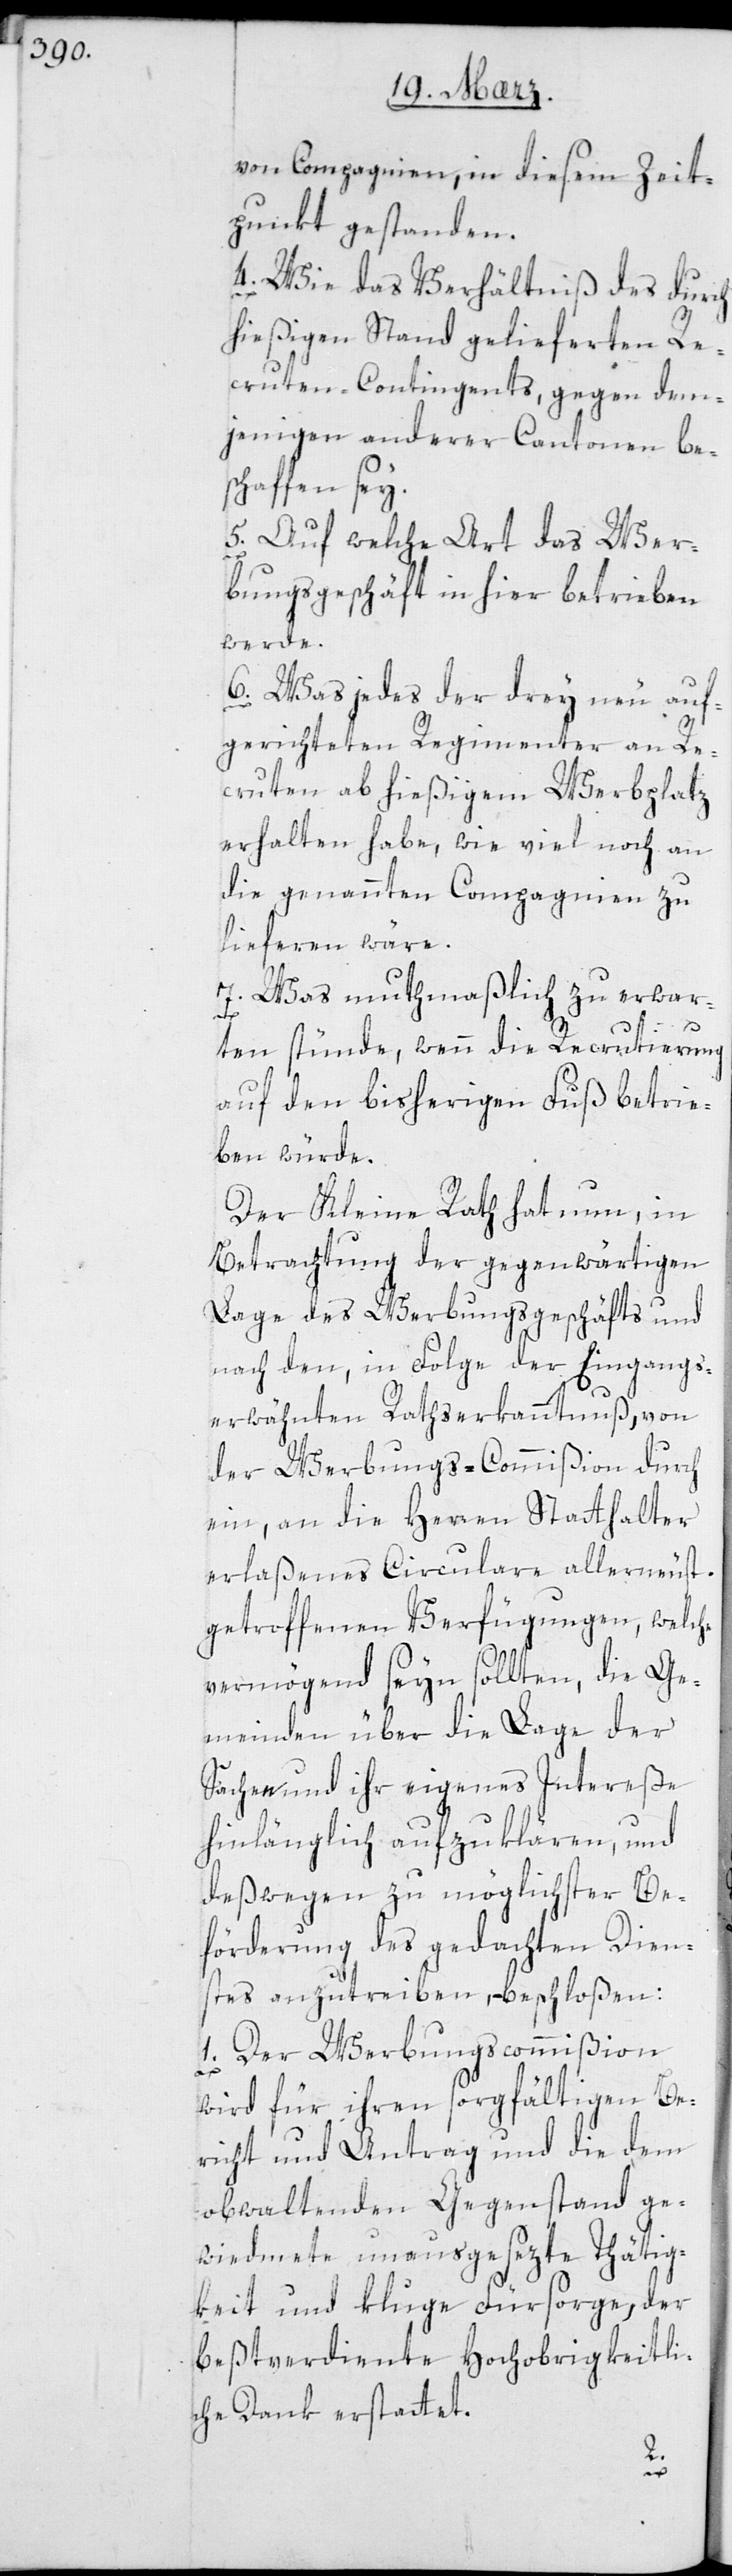
von Compagnien in diesem Zeit¬
punkt gestanden.
4. Wie das Verhältniß des durch
hießigen Stand gelieferten Re¬
cruten-Contingents, gegen dem¬
jenigen anderer Cantonen be¬
schaffen sey.
5. Auf welche Art das Wer¬
bungsgeschäft in hier betrieben
werde.
6. Was jedes der drey neu auf¬
gerichteten Regimenter an Re¬
cruten ab hießigem Werbplatz
erhalten habe, wie viel noch an
die genannten Compagnien zu
lieferen wäre.
7. Was muthmaßlich zu erwar¬
ten stünde, wenn die Recrutierung
auf den bisherigen Fuß betrie¬
ben würde.
Der Kleine Rath hat nun, in
Betrachtung der gegenwärtigen
Lage des Werbungsgeschäfts und
nach den, in Folge der eingangs
erwähnten Rathserkanntnuß, von
der Werbungs-Commißion durch
ein, an die Herren Statthalter
erlaßenes Circulare allerneust
getroffenen Verfügungen, welche
vermögend seyn sollten, die Ge¬
meinden über die Lage der
Sachen und ihr eigenes Intereße
hinlänglich aufzuklären, und
deßwegen zu möglichster Be¬
förderung, des gedachten Dien¬
stes anzutreiben beschloßen:
1. Der Werbungscommißion
wird für ihren sorgfältigen Be¬
richt und Antrag und die dem
obwaltenden Gegenstand ge¬
wiedmete unausgesezte Thätig¬
keit und kluge Fürsorge, der
bestverdiente hochobrigkeitli¬
che Dank erstattet.